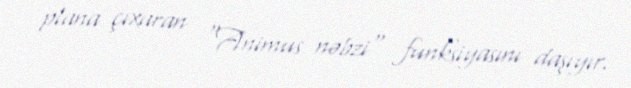
plana çıxaran "Animus nəbzi" funksiyasını daşıyır.